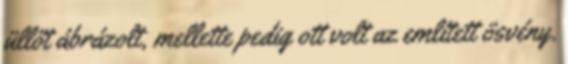
üllőt ábrázolt, mellette pedig ott volt az említett ösvény.